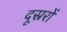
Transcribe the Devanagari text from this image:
दूस्ररों